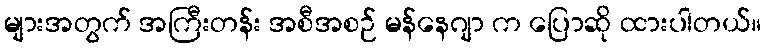
များအတွက် အကြီးတန်း အစီအစဉ် မန်နေဂျာ က ပြောဆို ထားပါတယ်။